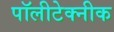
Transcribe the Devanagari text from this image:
पॉलीटेक्नीक